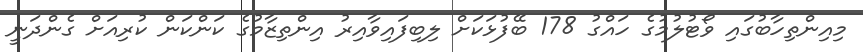
މިއިންތިހާބުގައި ވޯޓުލުމުގެ ހައްގު 178 ބޭފުޅަކަށް ލިބިފައިވާއިރު އިންތިޒާމުގެ ކަންކަން ކުރިއަށް ގެންދަނީ